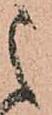
之